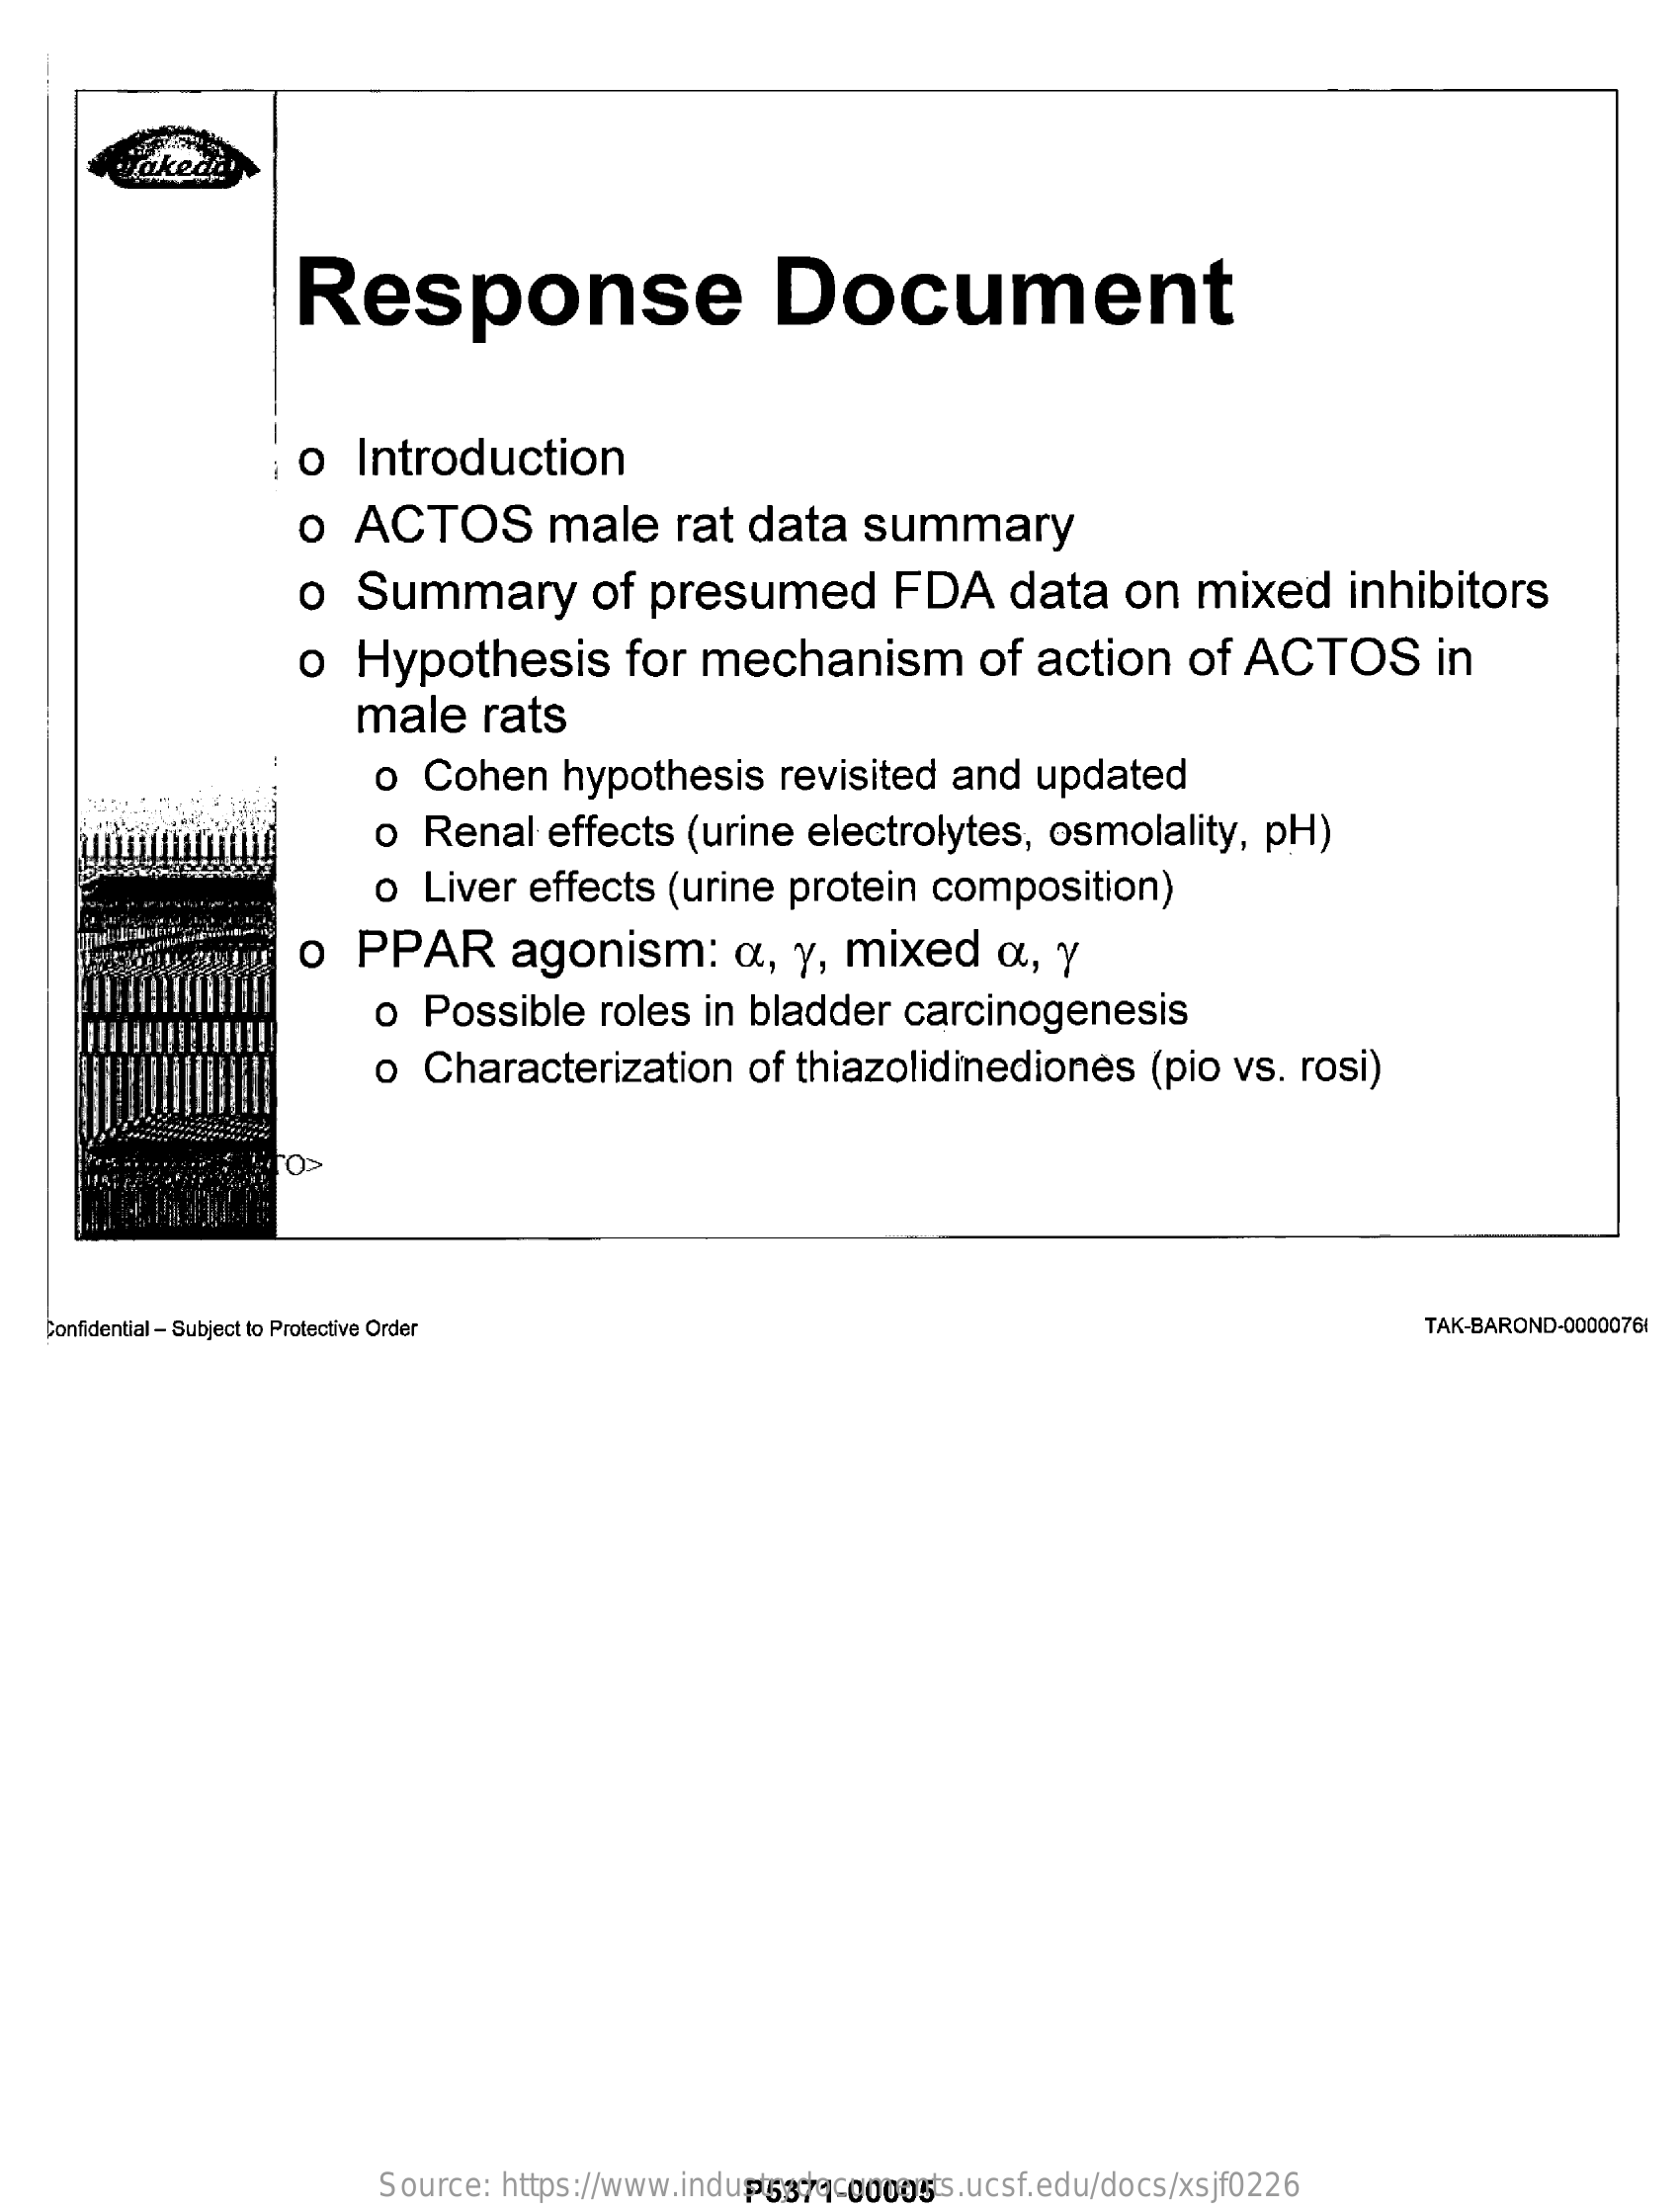
rakedà
     Response    Document
     o   Introduction
     o  ACTOS    male    rat   data    summary
     o   Summary    of  presumed    FDA    data    on    mixed    inhibitors
     o  Hypothesis    for   mechanism    of   action    of   ACTOS    in
     male    rats
     o  Cohen    hypothesis    revisited    and    updated
     o  Renal    effects   (urine   electrolytes,    osmolality,    pH)
     o  Liver   effects   (urine    protein    composition)
     o   PPAR    agonism:    a,  y,  mixed    a,   y
     o  Possible    roles   in  bladder    carcinogenesis
     o  Characterization    of thiazolidinediones    (pio   vs.  rosi)
    Confidential - Subject to Protective Order    TAK-BAROND-00000761
     Source:   https://www.industrydocuments.ucsf.edu/docs/xsjf0226 P5371-00005